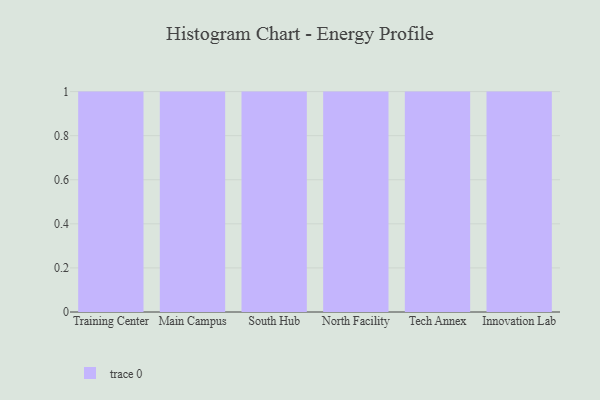
{"axis": {"x": "Campus", "y": "Population (Million)"}, "legend": [""], "data": [{"x": "Training Center", "y": 23, "type": ""}, {"x": "Main Campus", "y": 59, "type": ""}, {"x": "South Hub", "y": 15, "type": ""}, {"x": "North Facility", "y": 78, "type": ""}, {"x": "Tech Annex", "y": 19, "type": ""}, {"x": "Innovation Lab", "y": 84, "type": ""}]}